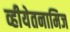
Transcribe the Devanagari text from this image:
व्हीयेतनामिज